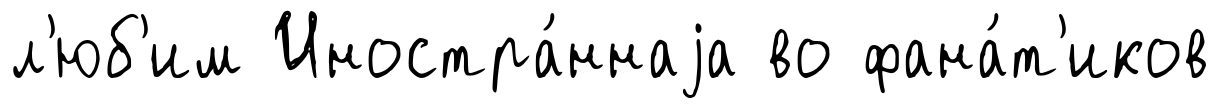
л'юб'им Иностра́ннаjа во фана́т'иков